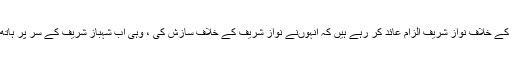
انہوں نے کہا کہ جن کے خلاف نواز شریف الزام عائد کر رہے ہیں کہ انہوںنے نواز شریف کے خلاف سازش کی ، وہی اب شہباز شریف کے سر پر ہاتھ رکھنے کو تیار ہیں۔